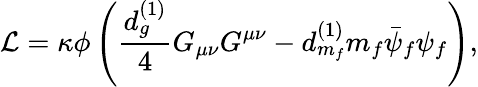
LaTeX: {\cal L}=\kappa\phi\left(\frac{d_{g}^{(1)}}{4}G_{\mu\nu}G^{\mu\nu}-d_{m_{f}}^{(1)}m_{f}\bar{\psi}_{f}\psi_{f}\right),